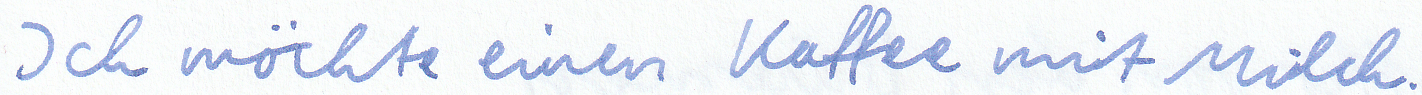
Ich möchte einen Kaffee mit Milch.